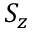
S _ { z }